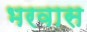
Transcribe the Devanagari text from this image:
भरवास